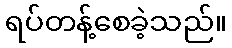
ရပ်တန့်စေခဲ့သည်။